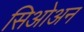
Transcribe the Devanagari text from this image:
सिओअन